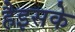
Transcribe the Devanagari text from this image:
हैइसके